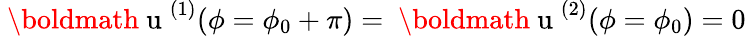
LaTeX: {\mathrm{~\boldmath~u~}}^{(1)}(\phi=\phi_{0}+\pi)={\mathrm{~\boldmath~u~}}^{(2)}(\phi=\phi_{0})=0